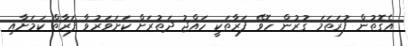
އެގޮތުން ފުރަތަމަ ގުރުން ހޮވޭ ފަރާތަކީ ހައްޖު ދަތުރަށް ކަށަވަރުވާ ފަރާތް ކަމަށާއި